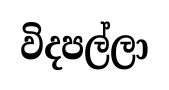
විදපල්ලා